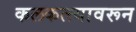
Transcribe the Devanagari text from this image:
कलकत्त्यावरून